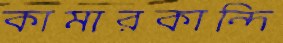
কামারকান্দি